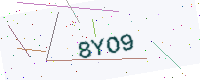
Text: 8YO9